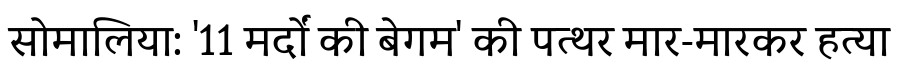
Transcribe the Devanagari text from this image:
सोमालिया: '11 मर्दों की बेगम' की पत्थर मार-मारकर हत्या